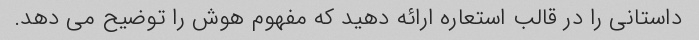
داستانی را در قالب استعاره ارائه دهید که مفهوم هوش را توضیح می دهد.